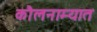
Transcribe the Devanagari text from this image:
कौलनाम्यात